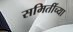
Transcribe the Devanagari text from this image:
समितींच्या